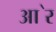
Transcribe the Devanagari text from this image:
आ॓र